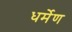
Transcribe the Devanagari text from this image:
धर्मेण